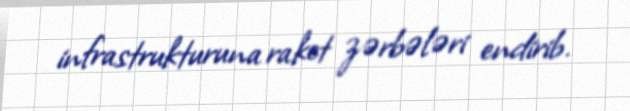
infrastrukturuna raket zərbələri endirib.